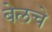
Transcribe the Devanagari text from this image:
बेलचे